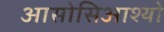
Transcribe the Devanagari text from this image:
आसोसिआश्यों